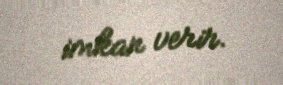
imkan verir.